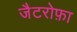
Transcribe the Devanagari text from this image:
जैटरोफ़ा